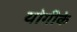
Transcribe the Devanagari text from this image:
योगीके